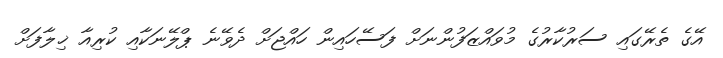
އޭގެ ތެރޭގައި ސަރުކާރުގެ މުވައްޒަފުންނަށް ފަސޭހައިން ހައްޖަށް ދެވޭނެ ޕްލޭނަކާއި ކުރިއާ ޚިލާފަށް